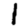
Digit: 1